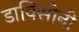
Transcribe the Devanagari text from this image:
डाविसोनी